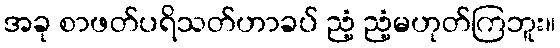
အခု စာဖတ်ပရိသတ်ဟာခပ် ညံ့ ညံ့မဟုတ်ကြဘူး။